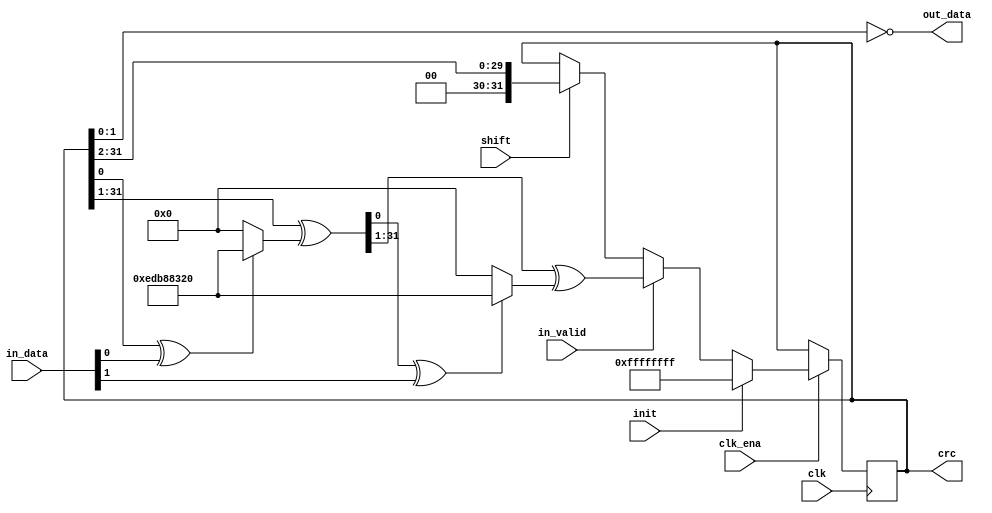
// ===================================================================
// TITLE : PERIDOT Ethernet I/O Extender / MAC CRC32
//
//     DESIGN : s.osafune@j7system.jp (J-7SYSTEM WORKS LIMITED)
//            : 2022/09/01 (FIXED)
//
// ===================================================================
//
// The MIT License (MIT)
// Copyright (c) 2022 J-7SYSTEM WORKS LIMITED.
//
// Permission is hereby granted, free of charge, to any person obtaining a copy of
// this software and associated documentation files (the "Software"), to deal in
// the Software without restriction, including without limitation the rights to
// use, copy, modify, merge, publish, distribute, sublicense, and/or sell copies
// of the Software, and to permit persons to whom the Software is furnished to do
// so, subject to the following conditions:
//
// The above copyright notice and this permission notice shall be included in all
// copies or substantial portions of the Software.
//
// THE SOFTWARE IS PROVIDED "AS IS", WITHOUT WARRANTY OF ANY KIND, EXPRESS OR
// IMPLIED, INCLUDING BUT NOT LIMITED TO THE WARRANTIES OF MERCHANTABILITY,
// FITNESS FOR A PARTICULAR PURPOSE AND NONINFRINGEMENT. IN NO EVENT SHALL THE
// AUTHORS OR COPYRIGHT HOLDERS BE LIABLE FOR ANY CLAIM, DAMAGES OR OTHER
// LIABILITY, WHETHER IN AN ACTION OF CONTRACT, TORT OR OTHERWISE, ARISING FROM,
// OUT OF OR IN CONNECTION WITH THE SOFTWARE OR THE USE OR OTHER DEALINGS IN THE
// SOFTWARE.
//

// Verilog-2001 / IEEE 1364-2001
`default_nettype none

module peridot_ethio_crc32 (
	input wire			clk,
	input wire			clk_ena,

	input wire			init,
	output wire [31:0]	crc,

	input wire			in_valid,
	input wire  [1:0]	in_data,
	input wire			shift,
	output wire [1:0]	out_data
);


/* =====  ========== */



/* -----  ------------------ */



/*  */

/* =====  ====================== */
	wire			clock_sig = clk;		//  

	reg  [31:0]		crc_reg;
	wire [31:0]		data0_crc_sig, data1_crc_sig;


/* wirereg */

/* =====  ============== */



/* =====  ============== */

	function [31:0] calc_crc32 (input [31:0] crc, input data);
		calc_crc32 = {1'b0, crc[31:1]} ^ ((crc[0] ^ data)? 32'hedb88320 : 32'b0);
	endfunction

	assign data0_crc_sig = calc_crc32(crc_reg, in_data[0]);
	assign data1_crc_sig = calc_crc32(data0_crc_sig, in_data[1]);

	always @(posedge clock_sig) begin
		if (clk_ena) begin
			if (init) begin
				crc_reg <= {32{1'b1}};
			end
			else if (in_valid) begin
				crc_reg <= data1_crc_sig;
			end
			else if (shift) begin
				crc_reg <= {2'b00, crc_reg[31:2]};
			end
		end
	end

	assign crc = crc_reg;
	assign out_data = ~crc_reg[1:0];


endmodule

`default_nettype wire